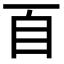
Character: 𦣻